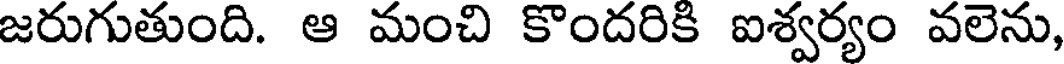
జరుగుతుంది. ఆ మంచి కొందరికి ఐశ్వర్యం వలెను,